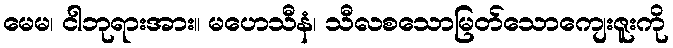
မေမ၊ ငါဘုရားအား။ မဟေသီနံ၊ သီလစသောမြတ်သောကျေးဇူးကို